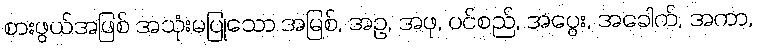
စားဖွယ်အဖြစ် အသုံးမပြုသော အမြစ်, အဥ, အဖု, ပင်စည်, အပွေး, အခေါက်, အကာ,